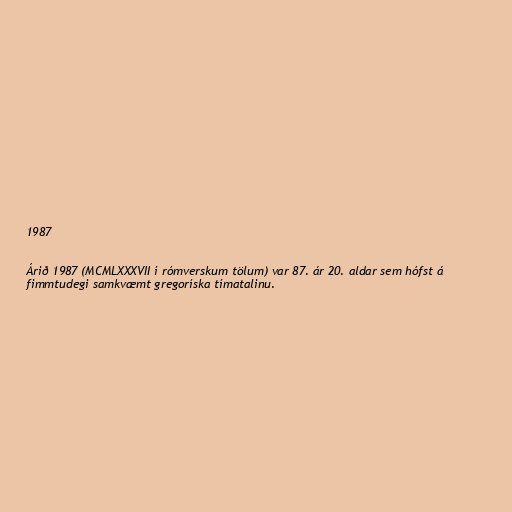
1987

Árið 1987 (MCMLXXXVII í rómverskum tölum) var 87. ár 20. aldar sem hófst á
fimmtudegi samkvæmt gregoríska tímatalinu.